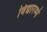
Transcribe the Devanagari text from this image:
विद्यारम्भे